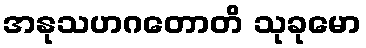
အနုသဟဂတောတိ သုခုမော